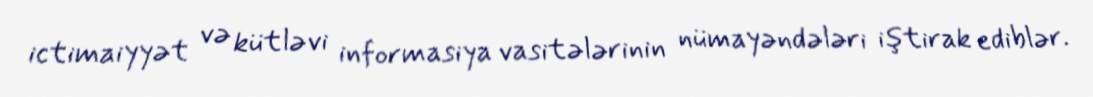
ictimaiyyət və kütləvi informasiya vasitələrinin nümayəndələri iştirak ediblər.